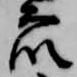
衆